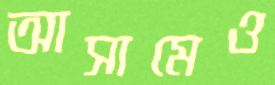
আসামেও